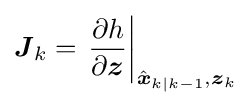
{{\boldsymbol {J}}_{k}}=\left.{\frac {\partial h}{\partial {\boldsymbol {z}}}}\right\vert _{{\hat {\boldsymbol {x}}}_{k|k-1},{\boldsymbol {z}}_{k}}